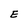
Character: E